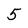
Character: 5